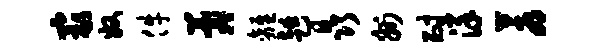
最奴件晷离趄晶州耐详蓐